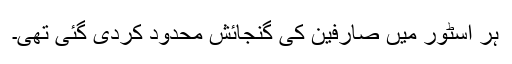
ہر اسٹور میں صارفین کی گنجائش محدود کردی گئی تھی۔